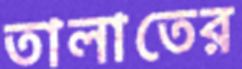
তালাতের